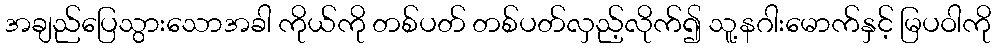
အချည်ပြေသွားသောအခါ ကိုယ်ကို တစ်ပတ် တစ်ပတ်လှည့်လိုက်၍ သူ့နဂါးမောက်နှင့် မြပဝါကို